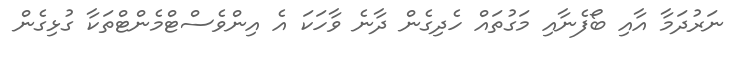
ނަރުދަމާ އާއި ބޯފެނާއި މަގުތައް ހެދިގެން ދާނެ ވާހަކަ އެ އިންވެސްޓްމެންޓްތަކާ ގުޅިގެން